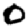
Digit: 0